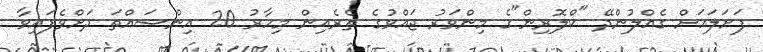
ފަށަލައަށް ގެއްލުންދޭ "ކްލޮރިން"ގެ މިންވަރު ޖައްވުގެ ތެރެއިން މިހާރު 20 އިންސައްތަ ދަށްވެފައިވާ